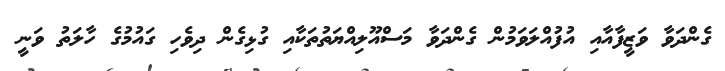
ގެންދަވާ ވަޒީފާއާއި އުފުއްލަވަމުން ގެންދަވާ މަސްއޫލިއްޔަތުތަކާއި ގުޅިގެން ދިވެހި ގައުމުގެ ހާލަތު ވަނީ